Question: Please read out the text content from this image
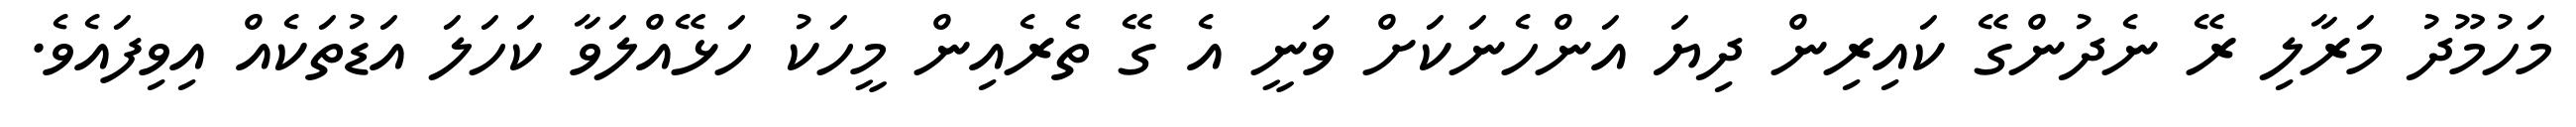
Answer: މަހުމޫދު މަރާލި ރޭ ނެދުންގޭ ކައިރިން ދިޔަ އަންހެނަކަށް ވަނީ އެ ގޭ ތެރެއިން މީހަކު ހަޅޭއްލަވާ ކަހަލަ އަޑުތަކެއް އިވިފައެވެ.